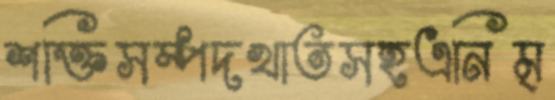
শক্তিসম্পদখাতসহএনিম্